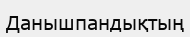
Данышпандықтың